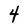
Character: 4